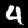
Digit: 4